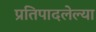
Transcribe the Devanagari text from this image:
प्रतिपादलेल्या